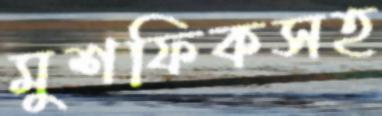
মুশফিকসহ